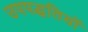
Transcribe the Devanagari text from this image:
उपपद्धतियों